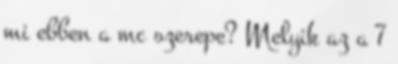
mi ebben a mc szerepe? Melyik az a 7